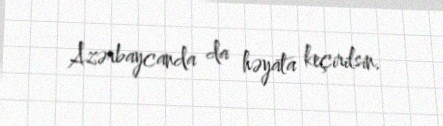
Azərbaycanda da həyata keçirilsin.